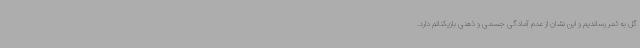
گل به ثمر رساندیم و این نشان از عدم آمادگی جسمی و ذهنی بازیکنانم دارد.